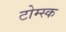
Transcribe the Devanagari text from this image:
टोम्स्क